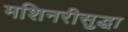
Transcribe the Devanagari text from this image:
मशिनरीसुद्धा